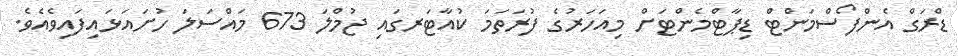
ޑްރަގް އެންފޯސްމަންޓް ޑިޕާޓްމެންޓަށް މިއަހަރުގެ ފުރަތަމަ ކުއާޓަރގައި ޖުމްލަ 673 މައްސަލަ ހުށައަޅައިފައިވެއެވެ.